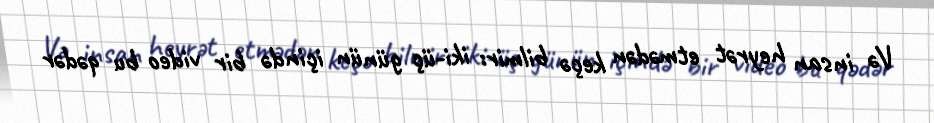
Və insan heyrət etmədən keçə bilmir: iki-üç günün içində bir video bu qədər